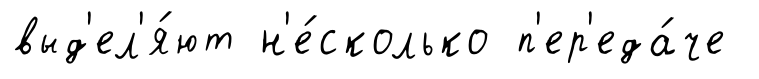
выд'ел'я́ют н'е́сколько п'ер'еда́че